Vaccination in the Punjab 1867-1880 - 1867-1880
Year: 1867
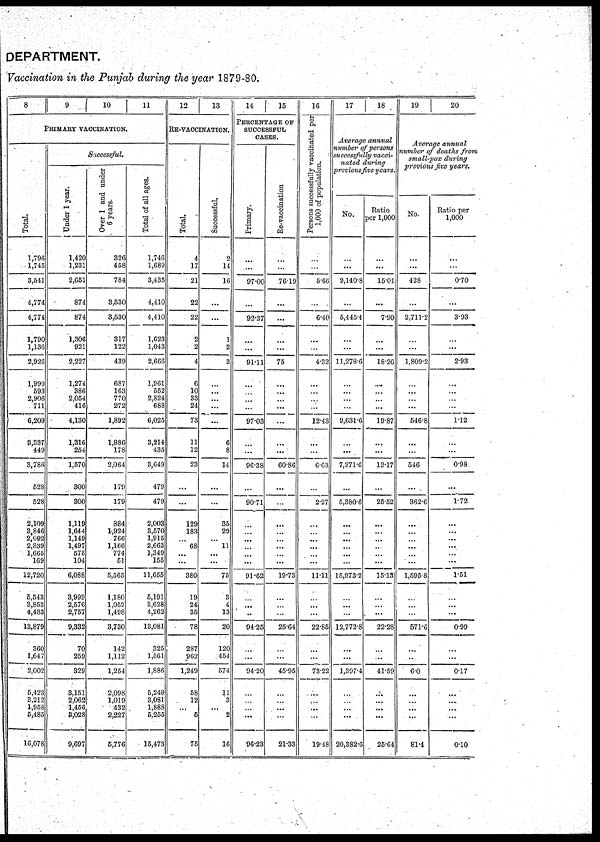
DEPARTMENT.
Vaccination in the Punjab during the year 1879-80.
8
Total.
1,796
1,745
3,541
4,774
4,774
1,790
1,136
2,926
1,999
593
2,906
711
6,209
3,337
449
3,786
528
528
2,109
3,846
2,092
2,839
1,665
169
12,720
5,543
3,853
4,483
13,879
360
1,647
2,002
5,423
3,212
1,958
5,485
16,078
9
10
11
PRIMARY VACCINATION.
Successful.
Under 1 year.
1,420
1,231
2,651
874
874
1,306
921
2,227
1,274
386
2,054
416
4,130
1,316
254
1,570
300
300
1,119
1,644
1,149
1,497
575
104
6,088
3,999
2,576
2,757
9,332
70
259
329
3,151
2,062
1,456
3,028
9,697
Over 1 and under
6 years.
326
458
784
3,530
3,530
317
122
439
687
163
770
272
1,892
1,886
178
2,064
179
179
884
1,924
766
1,166
774
51
5,565
1,180
1,052
1,498
3,730
142
1,112
1,254
2,098
1,019
432
2,227
5,776
Total of all ages.
1,746
1,689
3,435
4,410
4,410
1,623
1,043
2,666
1,961
552
2,824
688
6,025
3,214
435
3,649
479
479
2,003
3,570
1,915
2,663
1,349
155
11,655
5,191
3,628
4,262
13,081
325
1,561
1,886
5,249
3,081
1,888
5,255
15,473
12
13
RE-VACCINATION.
Total.
4
17
21
22
22
2
2
4
6
10
33
24
73
11
12
23
...
...
129
183
...
68
...
...
380
19
24
35
78
287
962
1,249
58
12
...
5
75
Successful.
2
14
16
...
...
1
2
3
...
...
...
...
...
6
8
14
...
...
35
29
...
11
...
...
75
3
4
13
20
120
454
574
11
3
...
2
16
14
15
PERCENTAGE OF
SUCCESSFUL
CASES.
Primary.
...
...
97.00
...
92.37
...
...
91.11
...
...
...
...
97.03
...
...
96.38
...
90.71
...
...
...
...
...
...
91.62
...
...
...
94.25
...
...
94.20
...
...
...
...
96.23
Re-vaccination
...
...
76.19
...
...
...
...
75
...
...
...
...
...
...
60.86
...
...
...
...
...
...
...
...
19.73
...
...
...
25.64
...
...
45.95
...
...
...
...
21.33
16
Persons successfully vaccinated per
1,000 of population.
...
...
5.66
...
6.40
...
...
4.32
...
...
...
...
12.43
...
...
6.63
...
2.27
...
...
...
...
...
...
11.11
...
...
...
22.85
...
...
73.22
...
...
...
...
19.48
17
18
Average
annual
number of persons
successfully
vacci-
nated
during
previous five years.
No.
...
...
9,140.8
...
5,445.4
...
...
11,278.6
...
...
...
...
9,631.6
...
...
7,271.6
...
5,380.6
...
...
...
...
...
...
15,973.2
...
...
...
12,772.8
...
...
1,397.4
...
...
...
...
20,382.6
Ratio
per 1,000
...
...
15.01
...
7.90
...
...
18.26
...
...
...
...
19.87
...
...
13.17
...
25.52
...
...
...
...
...
...
15.13
...
...
...
22.28
...
...
41.59
...
...
...
...
25.64
19
20
Average annual
number of deaths from
small-pox during
previous five years.
No.
...
...
428
...
2,711. 2
...
...
1,809.2
...
...
...
...
546.8
...
...
546
...
362.6
...
...
...
...
...
...
1,595.8
...
...
...
571.6
...
...
6.0
...
...
...
...
81.4
Ratio per
1,000
...
...
0.70
...
3.93
...
...
2.93
...
...
...
...
1.12
...
...
0.98
...
1.72
...
...
...
...
...
...
1.51
...
...
...
0.99
...
...
0.17
...
...
...
...
0.10